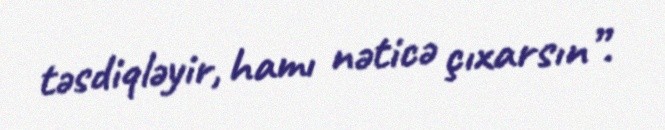
təsdiqləyir, hamı nəticə çıxarsın”.